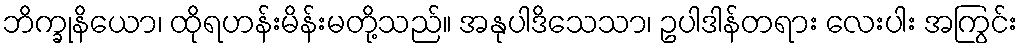
ဘိက္ခုနိယော၊ ထိုရဟန်းမိန်းမတို့သည်။ အနုပါဒိသေသာ၊ ဥပါဒါန်တရား လေးပါး အကြွင်း